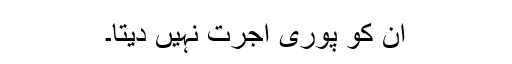
ان کو پوری اجرت نہیں دیتا۔